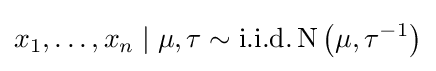
x_{1},\ldots ,x_{n}\mid \mu ,\tau \sim \operatorname {{i.}{i.}{d.}} \operatorname {N} \left(\mu ,\tau ^{-1}\right)